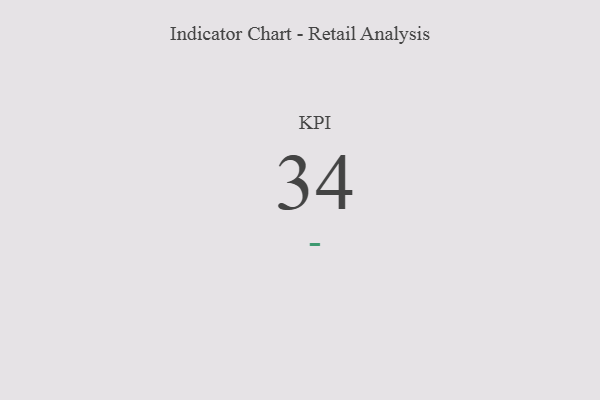
{"axis": {"x": "KPI", "y": "Value"}, "legend": [""], "data": [{"x": "KPI", "y": 34, "type": ""}]}